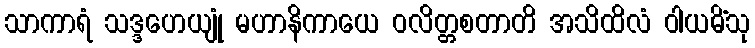
သာကာရံ သဒ္ဒဟေယျုံ မဟာနိကာယေ ဝလိတ္တစတာတိ အသိထိလံ ဝါယမိံသု